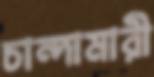
চান্দামারী